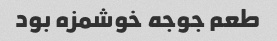
طعم جوجه خوشمزه بود